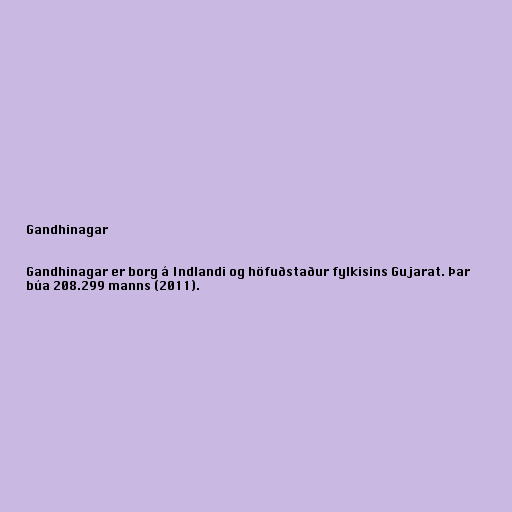
Gandhinagar

Gandhinagar er borg á Indlandi og höfuðstaður fylkisins Gujarat. Þar
búa 208.299 manns (2011).